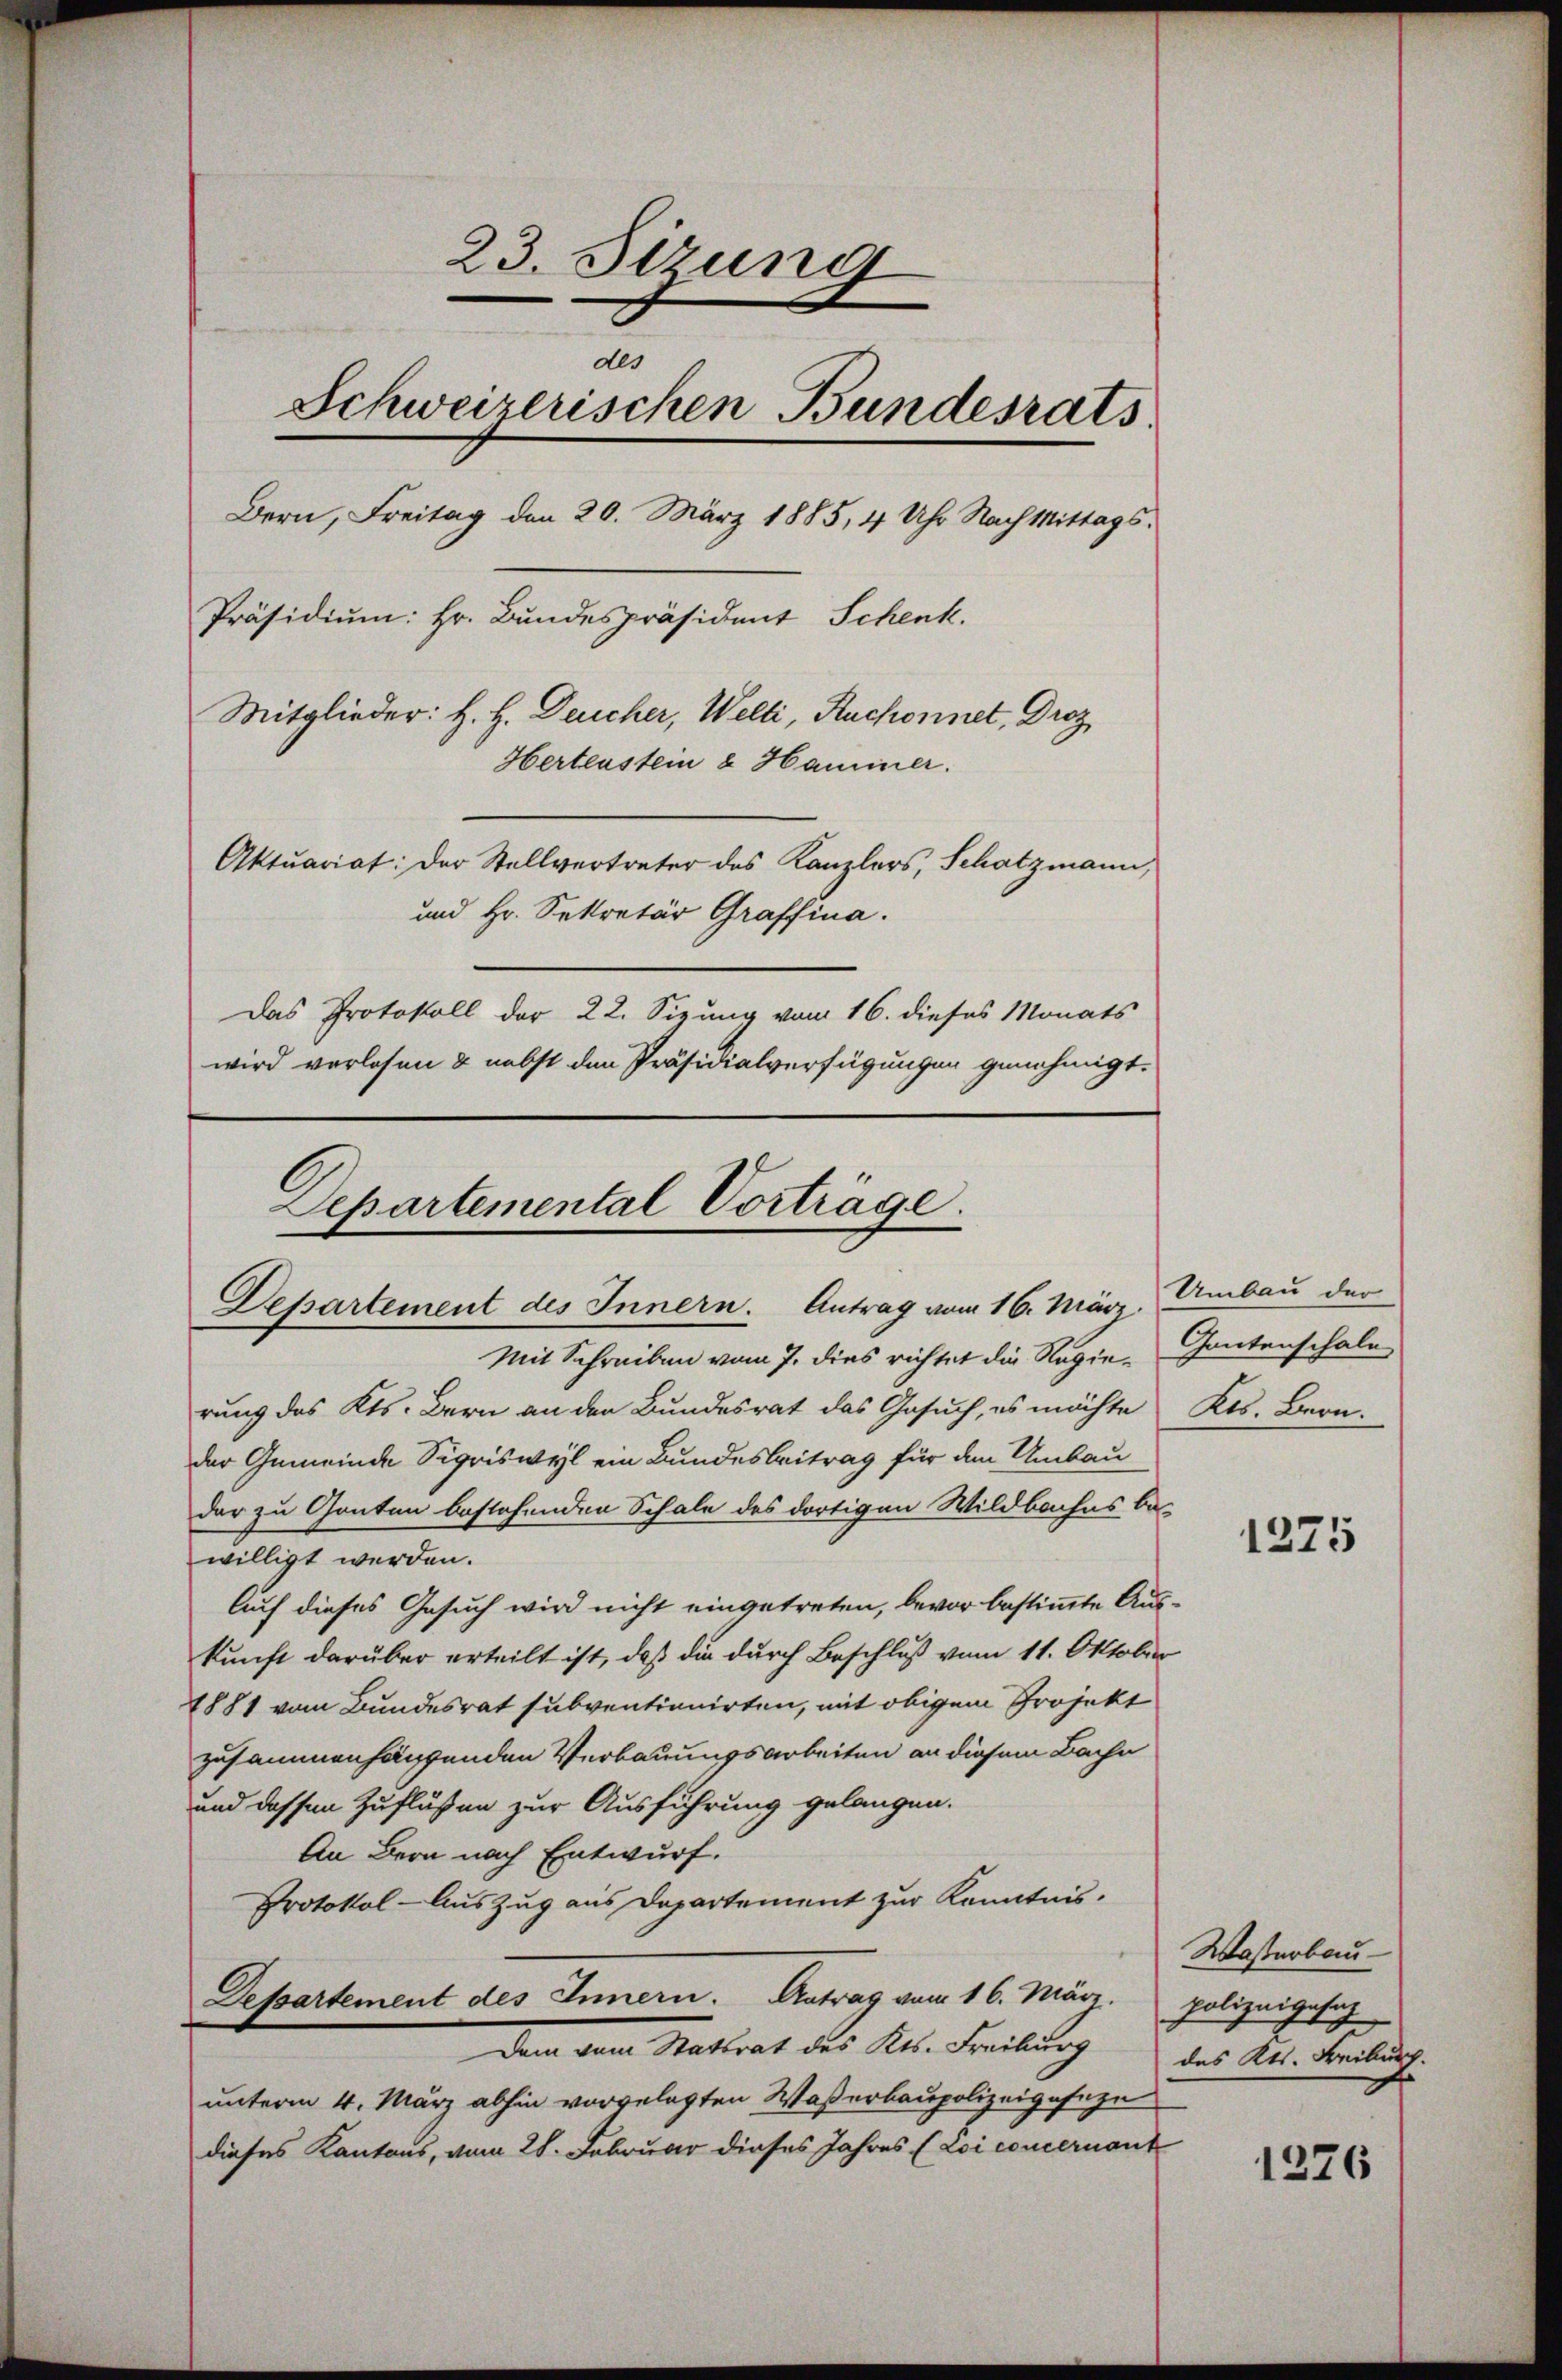
23. Sizung
des
Schweizerischen Bundesrats.
Bern, Freitag den 20. März 1885, 4 Uhr Nach Mittags¬
Präsidium: Hr. Bundespräsident Schenk.
Mitglieder: H. H. Deucher, Welti, Ruchonnet, Droz
Hertenstein & Hammer.
Aktuariat: Der Stellvertreter des Kanzlers, Schatzmann,
und Hr. Sekretär Graffina.
Das Protokoll der 22. Sizung vom 16. dieses Monats
wird verlosen & nebst den Präsidialverfügungen genehmigt.

Departemental Vorträge.
Departement des Innern. Antrag vom 16. März.
Mit Schreiben vom 7. dies richtet die Regie¬

rung des Kts. Bern an den Bundesrat das Gesuch, es möchte Kts. Bern.
der Gemeinde Sigriswyl ein Bundesbeitrag für den Umbau
dar zu Gonten bestehenden Schale des dortigen Wildbaches be-
willigt werden.
Auf dieses Gesuch wird nicht eingetreten, bevor bestimmte Auskunft darüber erteilt ist, daß die durch Beschluß vom 11. Oktober
1881 vom Bundesrat subventionirten, mit obigem Projekt
zusammenhangenden Verbauungsarbeiten an diesem Bache
und dessen Zuflüßen zur Ausführung gelangen.
An Bern nach Entwurf.
Protokol-Auszug aus Departement zur Kenntnis.
Departement des Innern. Antrag vom 16. März. Polizeigesez
Dem vom Stattrat des Kts. Freiburg des Kts. Freibuch.
unterm 4. März abhin vorgelegten Waßerbaupolizeigeseze
dieses Kantons, vom 28. Februar dieses Jahres (Loi concernant

Umbau der
Gantenschale

1275

Wasserbau-

1276